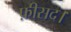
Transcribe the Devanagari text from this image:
फ़ीसद।